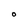
Character: O